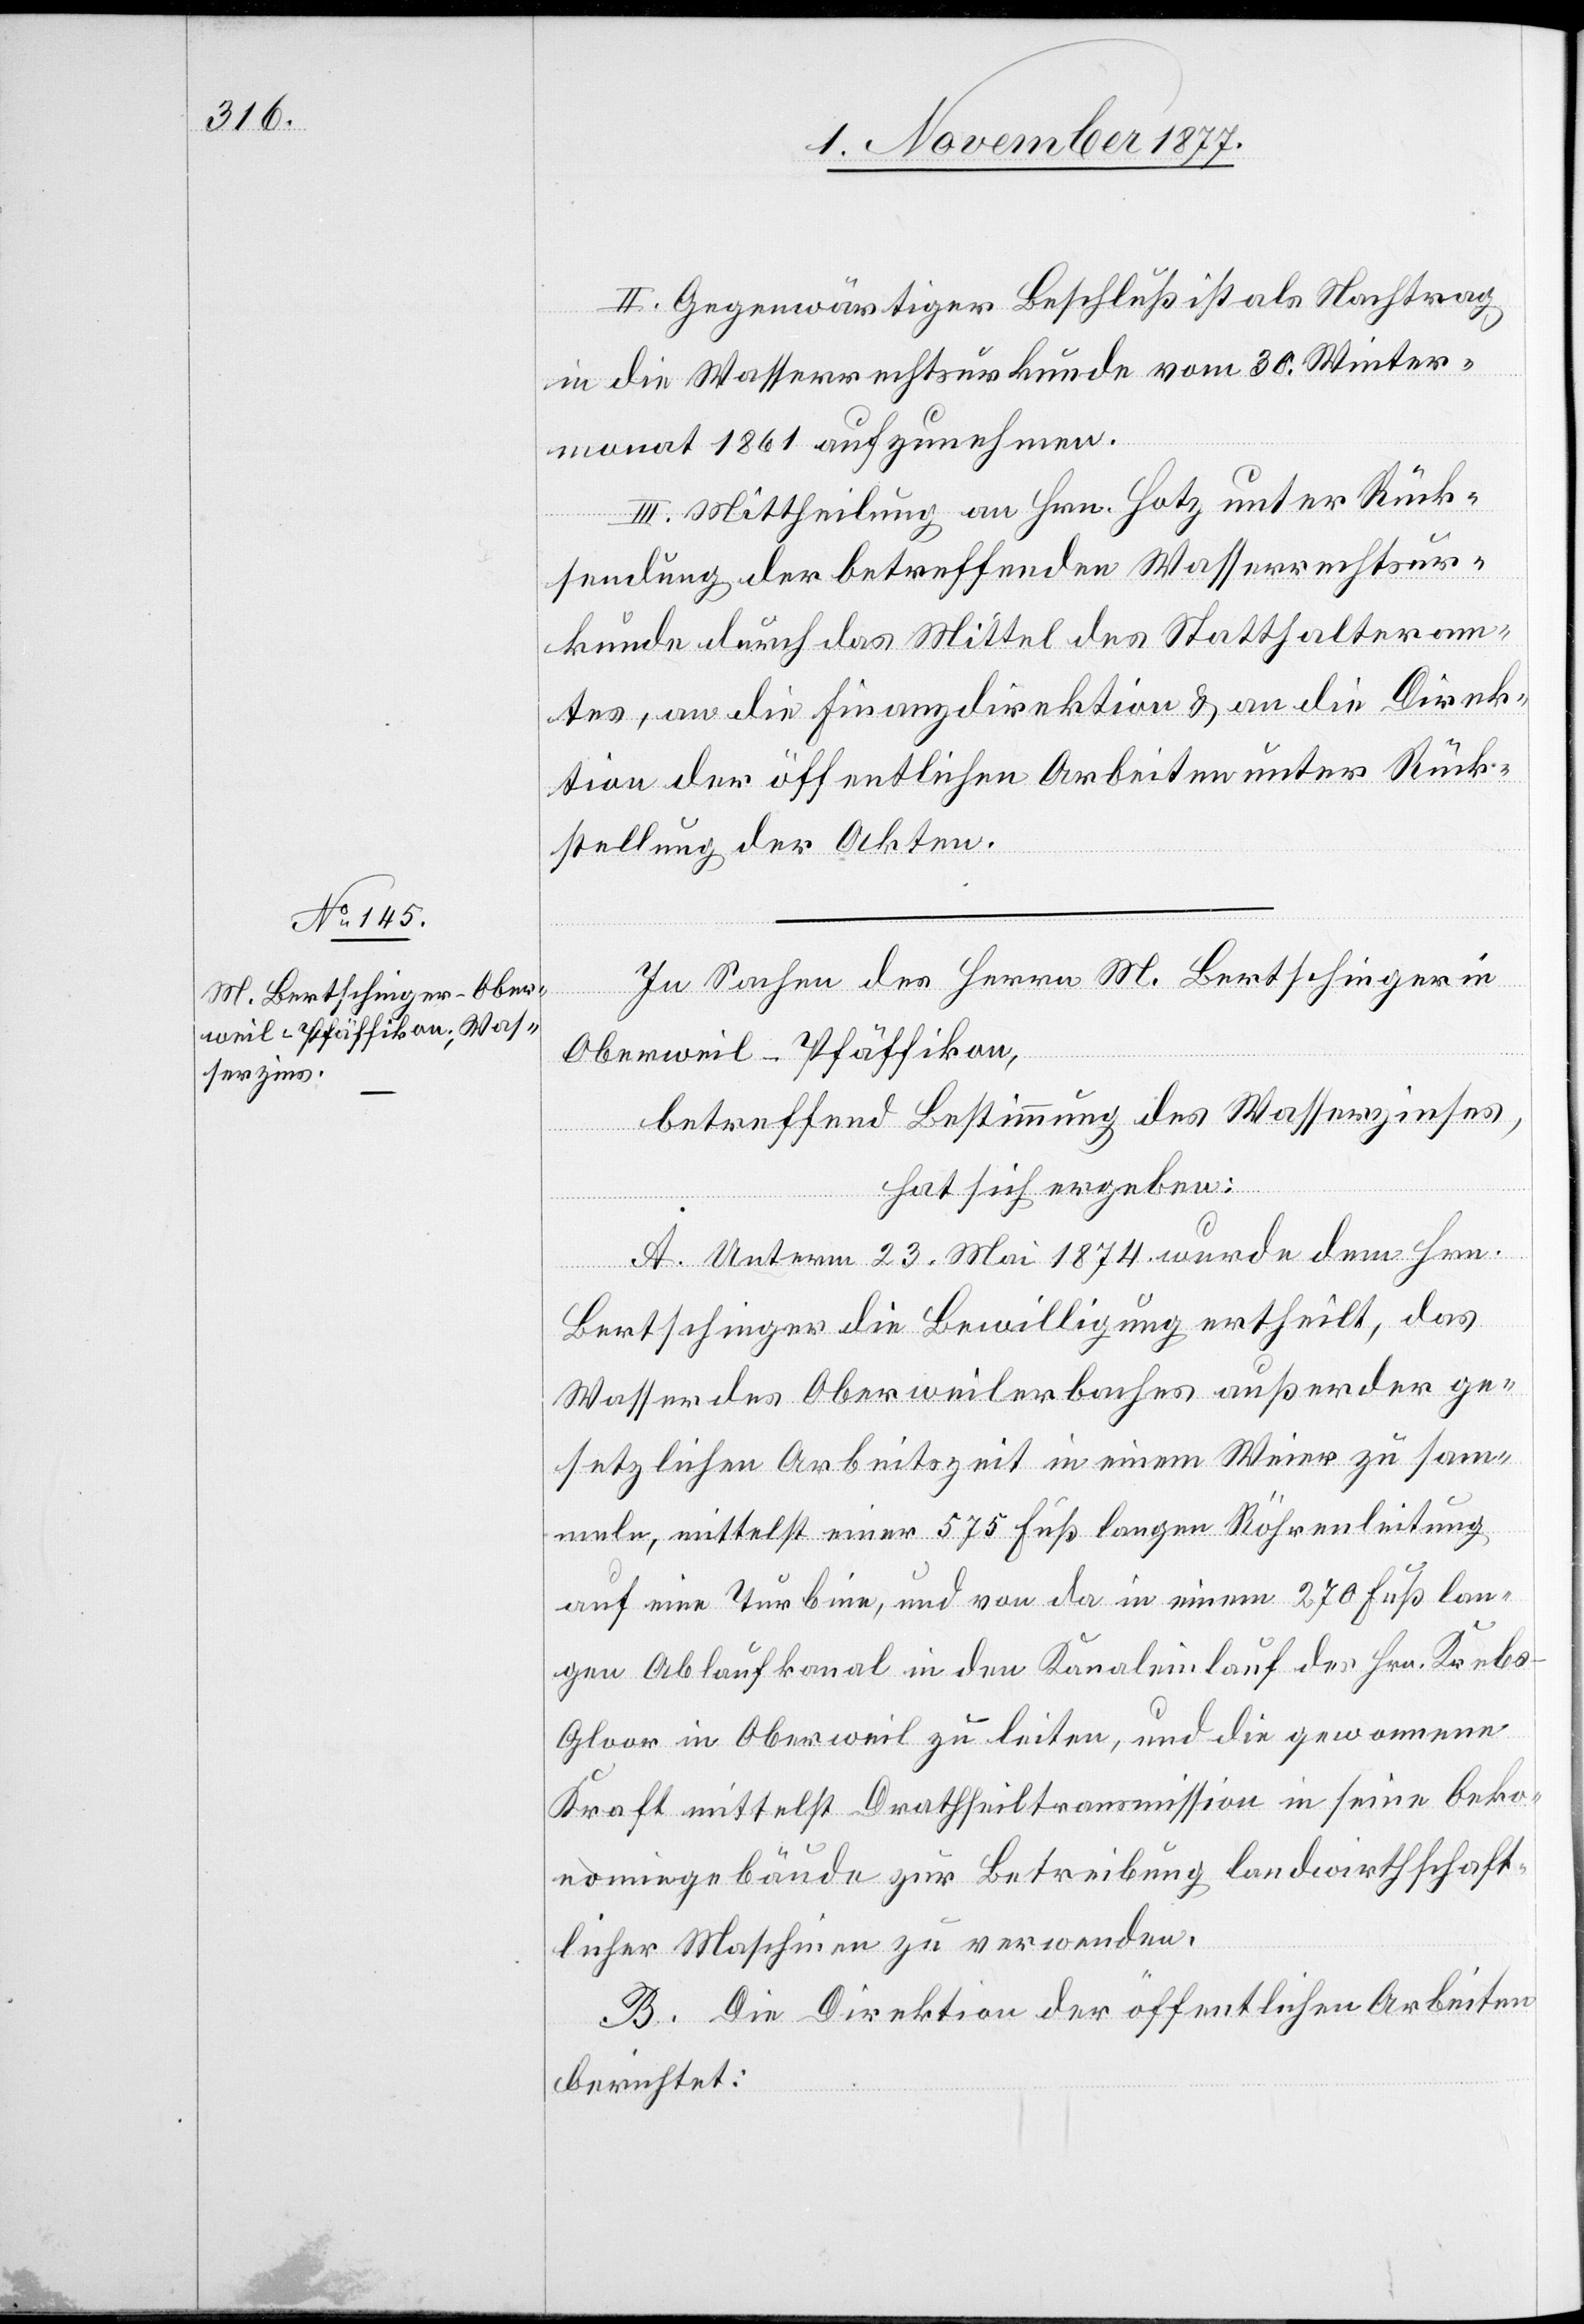
II. Gegenwärtiger Beschluß ist als Nachtrag
in die Wasserrechtsurkunde vom 30. Winter¬
monat 1861 aufzunehmen.
III. Mittheilung an Hrn. Hotz unter Rück¬
sendung der betreffenden Wasserrechtsur¬
kunde durch das Mittel des Statthalteram¬
tes, an die Finanzdirektion & an die Direk¬
tion der öffentlichen Arbeiten unter Rück¬
stellung der Akten.
In Sachen des Herrn M. Bertschinger in
Oberweil - Pfäffikon,
betreffend Bestimmung des Wasserzinses,
hat sich ergeben:
A. Unterm 23. Mai 1874 wurde dem Hrn.
Bertschinger die Bewilligung ertheilt, das
Wasser des Oberweilerbaches außer der ge¬
setzlichen Arbeitszeit in einem Weier zu sam¬
meln, mittelst einer 575 Fuß langen Röhrenleitung
auf eine Turbine, und von da in einem 270 Fuß lan¬
gen Ablaufkanal in den Kanaleinlauf des Hrn. Kreb¬
s-Gloor in Oberweil zu leiten, und die gewonnene
Kraft mittelst Drathseiltransmission in seine Oeko¬
nomiegebäude zur Betreibung landwirthschaft¬
licher Maschinen zu verwenden.
B. Die Direktion der öffentlichen Arbeiten
berichtet: